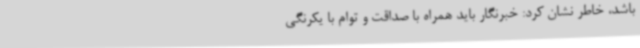
باشد، خاطر نشان کرد: خبرنگار باید همراه با صداقت و توام با یکرنگی